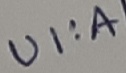
Text: UI:A